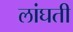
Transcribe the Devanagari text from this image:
लांघती